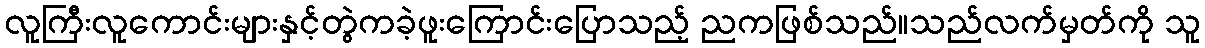
လူကြီးလူကောင်းများနှင့်တွဲကခဲ့ဖူးကြောင်းပြောသည့် ညကဖြစ်သည်။သည်လက်မှတ်ကို သူ